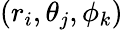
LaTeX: (r_{i},\theta_{j},\phi_{k})